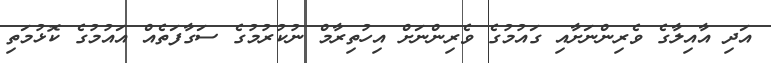
އަދި އާއިލާގެ ވެރިންނަށާއި ގައުމުގެ ވެރިންނަށް އިހުތިރާމް ނުކުރުމުގެ ސަގާފަތެއް އައުމުގެ ކޮޅުމަތި